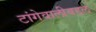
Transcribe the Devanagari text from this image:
टांगेवालीबद्दल